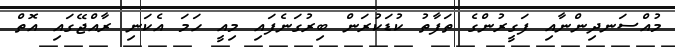
މުއްސަނދިންނާއި ފަގީރުންގެ ތަފާތު ކުޑަކުރަން ބިރުގަނެފައި މިއީ ހަމަ އެކަނި ރާއްޖޭގައި އޮތް